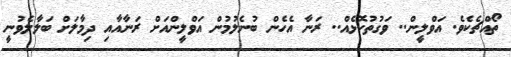
ތޯއްޗެކެވެ. އަވްލީން.. ވަގުތުކޮޅެއް.. ރަނާ އެހެން ބުނެލުމުން އަވްލީންއަށް ރަނާއާއި ދިމާލަށް ބަލާލެވުނީ